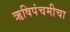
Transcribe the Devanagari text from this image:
ऋषिपंचमीचा